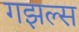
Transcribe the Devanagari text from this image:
गझल्स